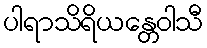
ပါရာသိရိယန္တေဝါသီ